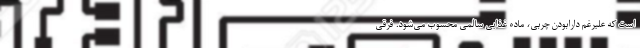
است که علیرغم دارابودن چربی، ماده غذایی سالمی محسوب می‌شود. فرقی